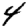
Digit: 4